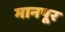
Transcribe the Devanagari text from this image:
मानपूर